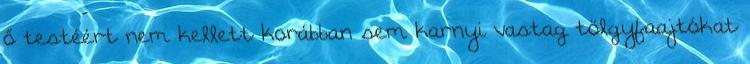
ő testéért nem kellett korábban sem karnyi vastag tölgyfaajtókat